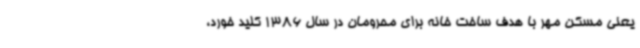
یعنی مسکن مهر با هدف ساخت خانه برای محرومان در سال 1386 کلید خورد،